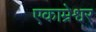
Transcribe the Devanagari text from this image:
एकाम्रेश्वर